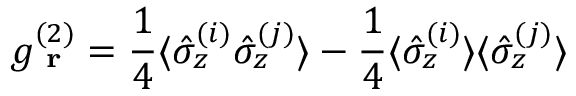
g _ { \textbf { r } } ^ { ( 2 ) } = \frac { 1 } { 4 } \langle \hat { \sigma } _ { z } ^ { ( i ) } \hat { \sigma } _ { z } ^ { ( j ) } \rangle - \frac { 1 } { 4 } \langle \hat { \sigma } _ { z } ^ { ( i ) } \rangle \langle \hat { \sigma } _ { z } ^ { ( j ) } \rangle